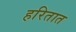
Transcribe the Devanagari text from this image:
हरितात